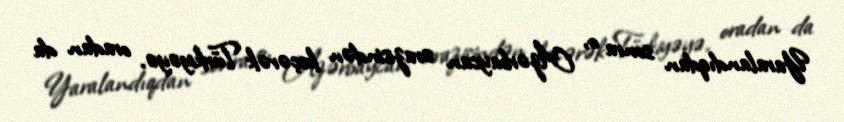
Yaralandıqdan sonra o, Azərbaycan ərazisindən keçərək Türkiyəyə, oradan da